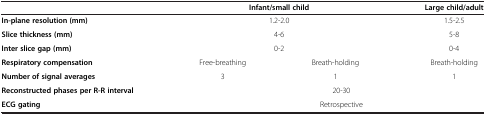
<table><thead><tr><td><b> </b></td><td colspan="2"><b>Infant/small child</b></td><td><b>Large child/adult</b></td></tr></thead><tbody><tr><td><b>In-plane resolution (mm)</b></td><td colspan="2">1.2-2.0</td><td>1.5-2.5</td></tr><tr><td><b>Slice thickness (mm)</b></td><td colspan="2">4-6</td><td>5-8</td></tr><tr><td><b>Inter slice gap (mm)</b></td><td colspan="2">0-2</td><td>0-4</td></tr><tr><td><b>Respiratory compensation</b></td><td>Free-breathing</td><td>Breath-holding</td><td>Breath-holding</td></tr><tr><td><b>Number of signal averages</b></td><td>3</td><td>1</td><td>1</td></tr><tr><td><b>Reconstructed phases per R-R interval</b></td><td colspan="3">20-30</td></tr><tr><td><b>ECG gating</b></td><td colspan="3">Retrospective</td></tr></tbody></table>